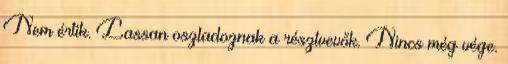
Nem értik. Lassan oszladoznak a résztvevők. Nincs még vége.